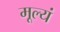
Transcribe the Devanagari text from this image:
मूल्यं